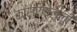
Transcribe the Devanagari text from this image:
कासरावल्ली